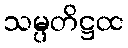
သမ္ပတိဋ္ဌထ